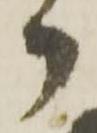
ケ